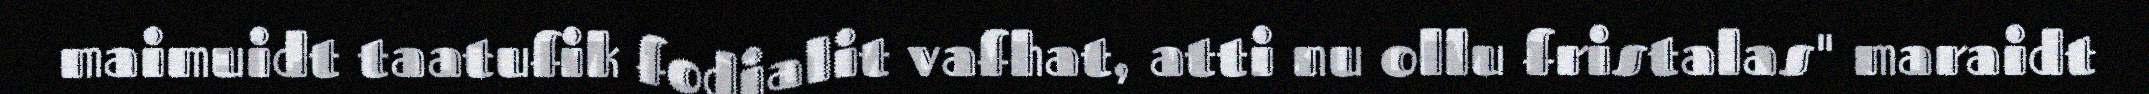
maimuidt taatufik fodjalit vafhat, atti nu ollu fristalas" maraidt